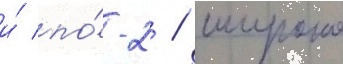
и́ по́-2 / широко